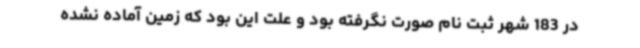
در 183 شهر ثبت نام صورت نگرفته بود و علت این بود که زمین آماده نشده